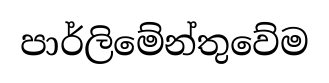
පාර්ලිමේන්තුවේම